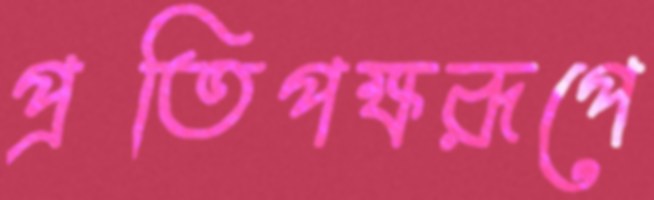
প্রতিপক্ষরূপে